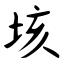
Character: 垓